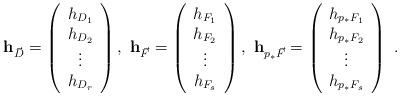
LaTeX: \begin{align*}&{\bf h}_{\vec{D}}=\left(\begin{array}{c}h_{D_{1}}\\h_{D_{2}}\\\vdots \\h_{D_{r}}\end{array}\right),\ {\bf h}_{\vec{F}}=\left(\begin{array}{c}h_{F_{1}}\\h_{F_{2}}\\\vdots \\h_{F_{s}}\end{array}\right),\ {\bf h}_{{p}_{*}\vec{F}}=\left(\begin{array}{c}h_{{p}_{*}F_{1}}\\h_{{p}_{*}F_{2}}\\\vdots \\h_{{p}_{*}F_{s}}\end{array}\right)\ .\end{align*}